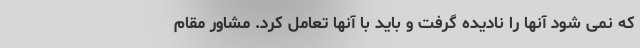
که نمی شود آنها را نادیده گرفت و باید با آنها تعامل کرد. مشاور مقام